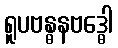
ရူပဗန္ဓနဗဒ္ဓေါ